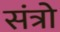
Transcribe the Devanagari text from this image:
संत्रो